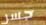
جسر